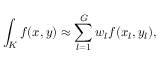
\int _ { K } f ( x , y ) \approx \sum _ { l = 1 } ^ { G } w _ { l } f ( x _ { l } , y _ { l } ) ,